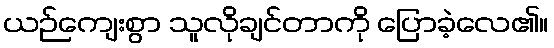
ယဉ်ကျေးစွာ သူလိုချင်တာကို ပြောခဲ့လေ၏။